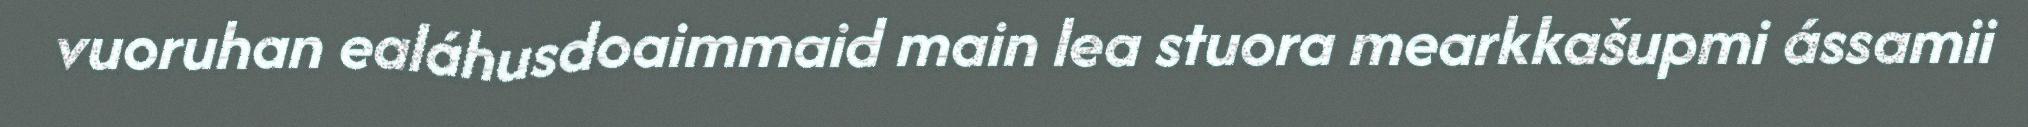
vuoruhan ealáhusdoaimmaid main lea stuora mearkkašupmi ássamii